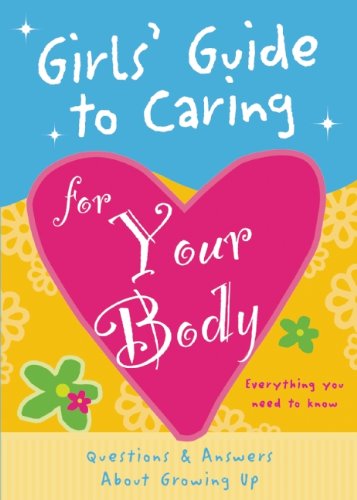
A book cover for Girls' Guide to Caring for Your Body: Helpful Advice for Growing Up; Isabel B. Lluch; Teen & Young Adult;